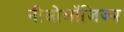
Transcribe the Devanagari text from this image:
नीओलॉजिज्म